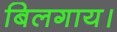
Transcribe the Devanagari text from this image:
बिलगाय।